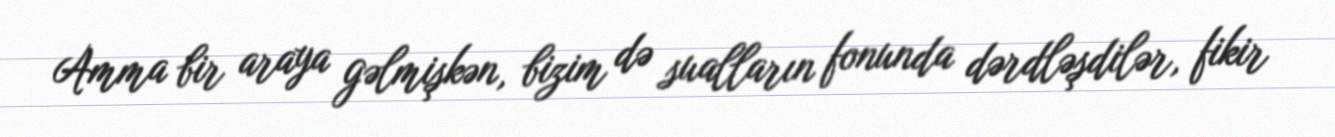
Amma bir araya gəlmişkən, bizim də sualların fonunda dərdləşdilər, fikir